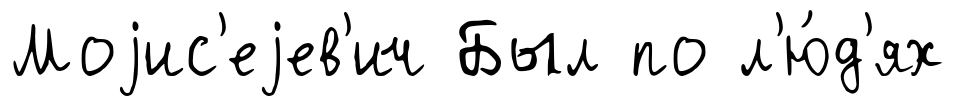
Моjис'еjев'ич Был по л'ю́д'ях